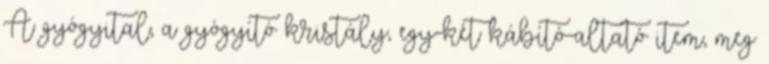
A gyógyital, a gyógyító kristály, egy-két kábító-altató item, meg